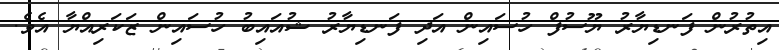
އިތުރުން ފަނޑިޔާރު ޔޫސުފް ހުސައިން އަދި ފަނޑިޔާރު ޝުއައިބު ހުސައިން ޒަކަރިއްޔާ އެވެ.